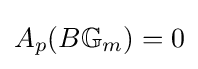
A_{p}(B\mathbb {G} _{m})=0